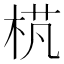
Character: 𣒾